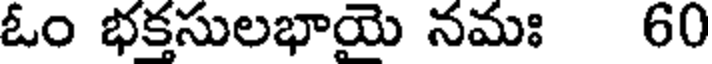
ఓం భక్తసులభాయై నమః 60